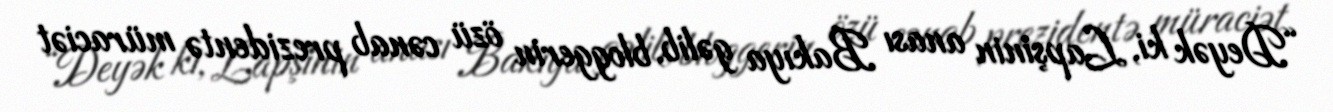
“Deyək ki, Lapşinin anası Bakıya gəlib, bloggerin özü cənab prezidentə müraciət